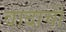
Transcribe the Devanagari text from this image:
वादाचीं